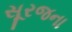
સૂરજના